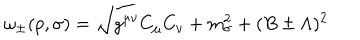
LaTeX: \omega _ { \pm } ( p , \sigma ) = \sqrt { g ^ { \mu \nu } C _ { \mu } C _ { \nu } + m _ { \sigma } ^ { 2 } + ( B \pm \Lambda ) ^ { 2 } }